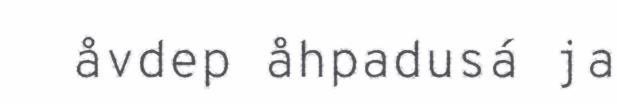
åvdep åhpadusá ja